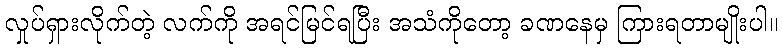
လှုပ်ရှားလိုက်တဲ့ လက်ကို အရင်မြင်ရပြီး အသံကိုတော့ ခဏနေမှ ကြားရတာမျိုးပါ။